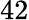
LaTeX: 42